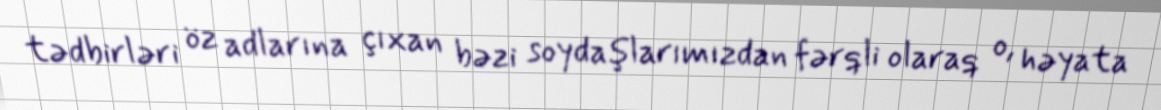
tədbirləri öz adlarına çıxan bəzi soydaşlarımızdan fərqli olaraq o, həyata